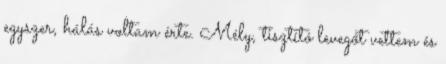
egyszer, hálás voltam érte. Mély, tisztító levegőt vettem és